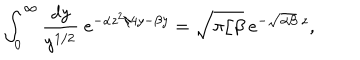
\int _ { 0 } ^ { \infty } \frac { d y } { y ^ { 1 / 2 } } ~ e ^ { - \alpha z ^ { 2 } / 4 y - \beta y } = \sqrt { \pi / \beta } ~ e ^ { - \sqrt { \alpha \beta } ~ z } ,